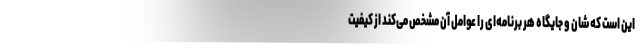
این است که شان و جایگاه هر برنامه‌ای را عوامل آن مشخص می‌کند از کیفیت